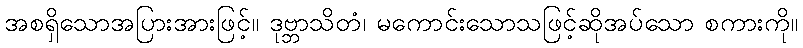
အစရှိသောအပြားအားဖြင့်။ ဒုဗ္ဘာသိတံ၊ မကောင်းသောသဖြင့်ဆိုအပ်သော စကားကို။